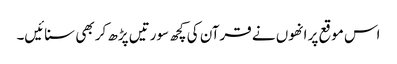
اس موقع پر انھوں نے قرآن کی کچھ سورتیں پڑھ کر بھی سنائیں۔